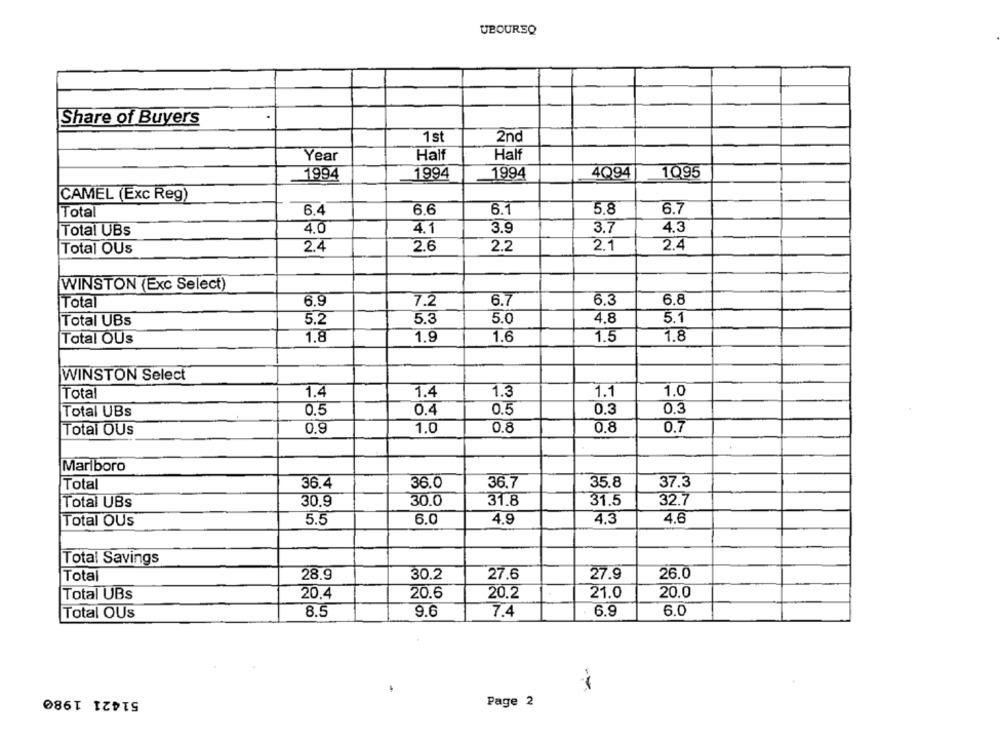
UBOURSO
Share of Buyers
1 st
2nd
Year
Half
Half
1994
1994
1994
4Q94
1Q95
CAMEL (Exc Reg)
Total
6.4
6.6
6.1
5.8
6.7
4.0
4.1
3.9
3.7
4.3
Total UBs
Total OUs
2.4
2.6
2.2
2.1
2.4
WINSTON (Exc Select)
Total
6.9
7.2
6.7
6.3
6.8
5.2
5.3
5.0
4.8
5.1
Total UBs
Total OUs
1.8
1.9
1.6
1.5
1.8
WINSTON Select
Total
1.4
1.4
1.3
1.1
1.0
Total UBs
0.5
0.4
0.5
0.3
0.3
Total OUs
0.9
1.0
0.8
0.8
0.7
Marlboro
36.7
Total
36.4
36.0
35.8
37.3
Total UBs
30.9
30.0
31.8
31.5
32.7
5.5
6.0
4,3
4.6
Total OUs
4.9
Total Savings
Total
28.9
30.2
27.6
27.9
26.0
20.4
20.6
20.0
Total UBs
20.2
21.0
Total OUs
8.5
9.6
7.4
6.9
6.0
51421 1980
Page 2